Problem: 92 + 55 = ?
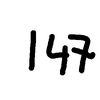
Handwritten answer: 147